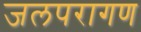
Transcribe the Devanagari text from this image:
जलपरागण